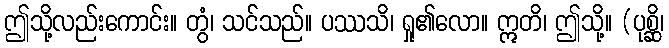
ဤသို့လည်းကောင်း။ တွံ၊ သင်သည်။ ပဿသိ၊ ရှု၏လော။ ဣတိ၊ ဤသို့။ (ပုစ္ဆိ၊